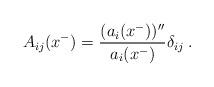
LaTeX: \begin{align*}A_{ij}(x^-) = \frac{(a_i(x^-))''}{a_{i}(x^-)}\delta_{ij} \;.\end{align*}